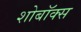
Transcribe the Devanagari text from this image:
शोबॉक्स